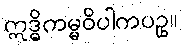
ဣဒ္ဓိကမ္မဝိပါကပဥှ။